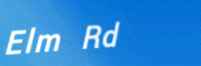
Elm Rd